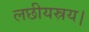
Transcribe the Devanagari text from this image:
लछीयस्रय।